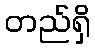
တည်ရှိ